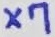
Text: X7